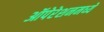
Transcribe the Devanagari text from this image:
ऑपेरेशनमध्ये